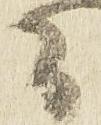
間